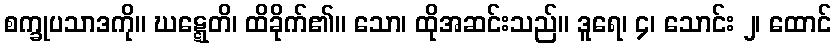
စက္ခုပသာဒကို။ ဃဋ္ဋေတိ၊ ထိခိုက်၏။ သော၊ ထိုအဆင်းသည်။ ဒူရေ၊ ၄၊ သောင်း ၂၊ ထောင်